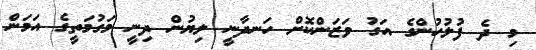
މި ދެ ފުލުހުންގެ އަގު ވަޒަންކޮށް ހަނދާނީ ލިޔުން ދިނީ މަގުމަތީގެ އަމަން